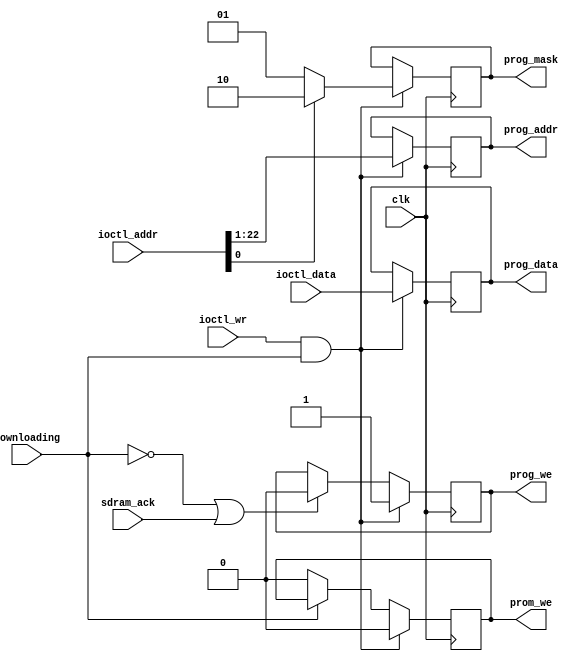
/*  This file is part of JTFRAME.
    JTFRAME program is free software: you can redistribute it and/or modify
    it under the terms of the GNU General Public License as published by
    the Free Software Foundation, either version 3 of the License, or
    (at your option) any later version.

    JTFRAME program is distributed in the hope that it will be useful,
    but WITHOUT ANY WARRANTY; without even the implied warranty of
    MERCHANTABILITY or FITNESS FOR A PARTICULAR PURPOSE.  See the
    GNU General Public License for more details.

    You should have received a copy of the GNU General Public License
    along with JTFRAME.  If not, see <http://www.gnu.org/licenses/>.

    Author: Jose Tejada Gomez. Twitter: @topapate
    Version: 1.0
    Date: 02-5-2020 */

// Produces the right signals for jtframe_sdram to get the ROM data
// A prom_we signal is used for the second half of the ROM byte stream
// For system simulation, it is useful sometimes to be able to load the
// PROM data quickly at the beginning of the simulation. If the PROM
// modules are isolated, this can be done manually typing the path to
// each rom file in the jtframe_prom instantiation. However, sometimes
// the hierarchy will not allow it or the code may get messy.
// jtframe_dwnld can load PROMs only during simulation when the
// macro JTFRAME_DWNLD_PROM_ONLY is defined.

module jtframe_dwnld(
    input                clk,
    input                downloading,
    input      [24:0]    ioctl_addr,
    input      [ 7:0]    ioctl_data,
    input                ioctl_wr,
    output reg [21:0]    prog_addr,
    output reg [ 7:0]    prog_data,
    output reg [ 1:0]    prog_mask, // active low
    output reg           prog_we,
    output reg           prom_we,
    input                sdram_ack
);

parameter        SIMFILE   = "rom.bin";
parameter [24:0] PROM_START= ~25'd0;
localparam       PROM_EN   = PROM_START!=~25'd0;

wire             is_prom   = PROM_EN && ioctl_addr>=PROM_START;

`ifdef LOADROM
`undef JTFRAME_DWNLD_PROM_ONLY
`endif

`ifndef JTFRAME_DWNLD_PROM_ONLY
/////////////////////////////////////////////////
// Normal operation

always @(posedge clk) begin
    if ( ioctl_wr && downloading ) begin
        if( is_prom ) begin
            prog_addr <= ioctl_addr[21:0];
            prom_we   <= 1;
            prog_we   <= 0;
        end else begin
            prog_addr <= ioctl_addr[22:1];
            prom_we   <= 0;
            prog_we   <= 1;
        end
        prog_data <= ioctl_data;
        prog_mask <= ioctl_addr[0] ? 2'b10 : 2'b01;            
    end
    else begin
        if(!downloading || sdram_ack) prog_we  <= 0;
        if(!downloading) prom_we <= 0;
    end
end

`else
////////////////////////////////////////////////////////
// Load only PROMs directly from file in simulation

parameter [31:0] GAME_ROM_LEN = `GAME_ROM_LEN;

integer          f, readcnt, dumpcnt;
reg       [ 7:0] mem[0:`GAME_ROM_LEN];

initial begin
    dumpcnt = PROM_START;
    if( SIMFILE != "" && PROM_EN ) begin
        f=$fopen(SIMFILE,"rb");
        if( f != 0 ) begin
            readcnt=$fread( mem, f );
            $display("INFO: PROM download: %6X bytes loaded from file (%m)", readcnt, SIMFILE);
            $fclose(f);
            if( dumpcnt >= readcnt ) begin
                $display("WARNING: PROM_START is set beyond the end of the file");
            end else begin
                $display("INFO: fast PROM download from %X to %X", dumpcnt, GAME_ROM_LEN);
            end
        end else begin
            $display("WARNING: %m cannot open %s", SIMFILE);
            dumpcnt = GAME_ROM_LEN; // stop the download process
        end
    end else begin
        $display("INFO: PROM download skipped because PROM_START was not defined.");
    end
end

always @(posedge clk) begin
    if( dumpcnt < GAME_ROM_LEN ) begin
        prom_we   <= 1;
        prog_we   <= 0;
        prog_mask <= 2'b11;
        prog_data <= mem[dumpcnt];
        prog_addr <= dumpcnt[21:0];
        dumpcnt   <= dumpcnt+1;
    end else begin
        prom_we <= 0;
    end
end

`endif

endmodule